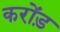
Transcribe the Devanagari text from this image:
करोंड़